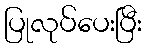
ပြုလုပ်ပေးပြီး